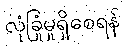
လုံခြုံမှုရှိစေရန်